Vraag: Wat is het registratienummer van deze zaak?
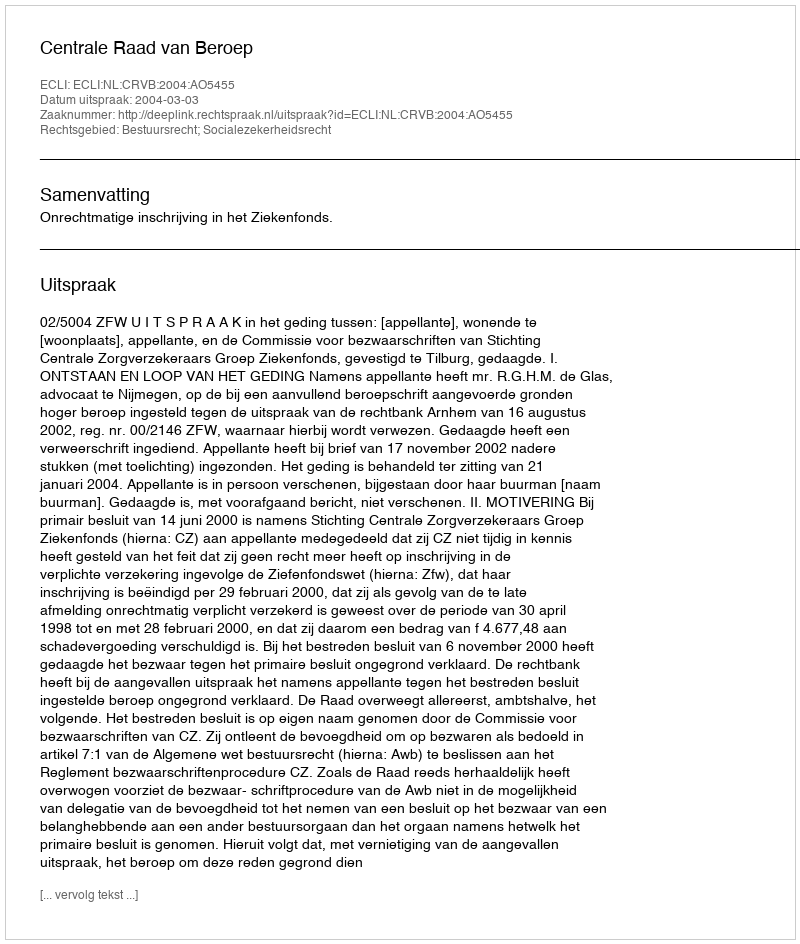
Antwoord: http://deeplink.rechtspraak.nl/uitspraak?id=ECLI:NL:CRVB:2004:AO5455